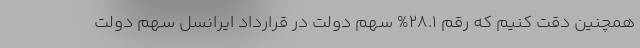
همچنین دقت کنیم که رقم 28.1% سهم دولت در قرارداد ایرانسل سهم دولت